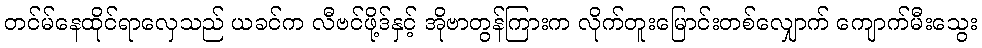
တင်မ်နေထိုင်ရာလှေသည် ယခင်က လီဗင်ဖို့ဒ်နှင့် အိုဗာတွန်ကြားက လိုက်တူးမြောင်းတစ်လျှောက် ကျောက်မီးသွေး